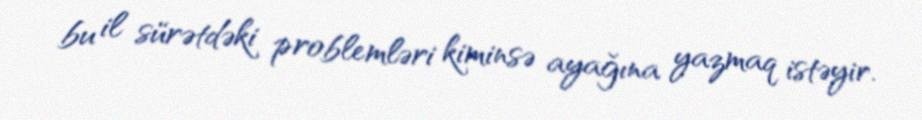
bu il sürətdəki problemləri kiminsə ayağına yazmaq istəyir.